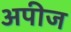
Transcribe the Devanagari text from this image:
अपीज